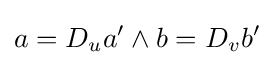
a=D_{u}a'\land b=D_{v}b'